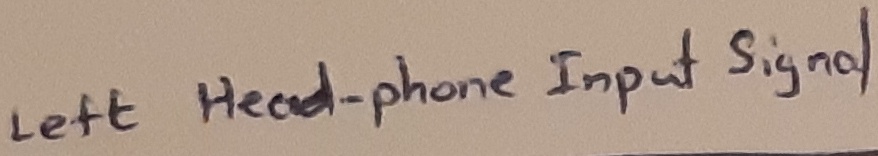
Text: Left headphone-Input signal